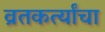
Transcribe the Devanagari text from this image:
व्रतकर्त्यांचा